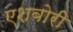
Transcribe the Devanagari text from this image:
एशबोरी